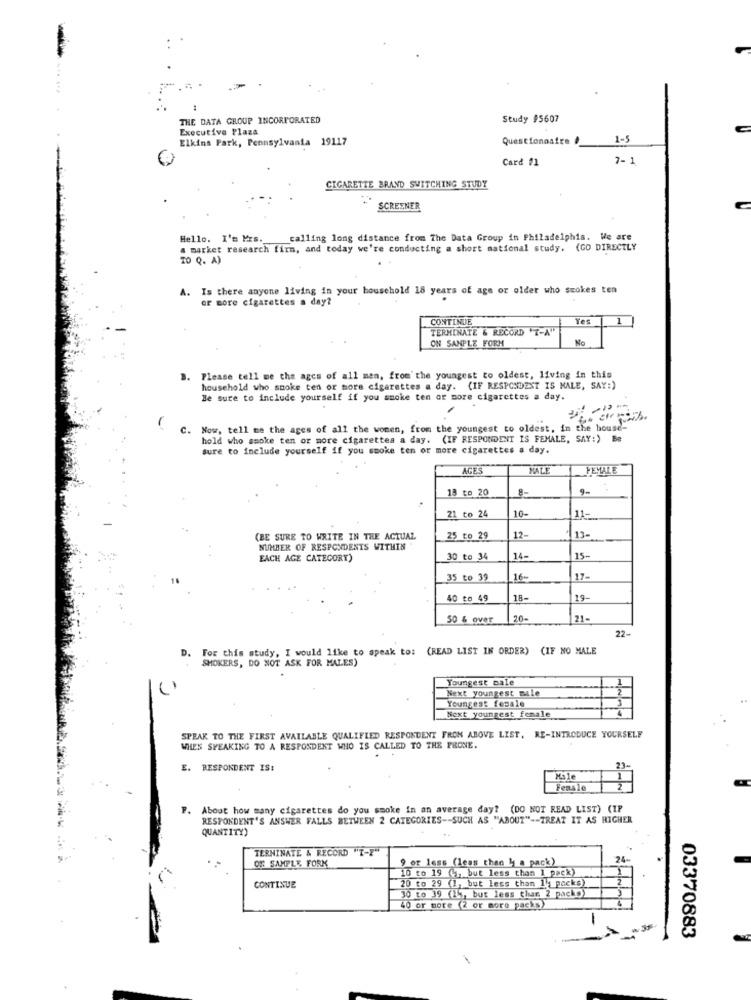
1
THE DATA GROUP INCORPORATED
Study #5607
Executive Plaza
Elkins Park, Pennsylvania 19117
Questionnaire
1-5
Card #1
7- 1
CIGARETTE BRAND SWITCHING STUDY
SCREENER
Hello. I'm Mrs ._
calling long distance from The Data Group in Philadelphia. We are
a market research firm, and today we're conducting a short national study. (GO DIRECTLY
10 Q. A)
. Is there anyone living in your household 18 years of age or older who seokes ten
or more cigarettes a day?
CONTINUE
Yes
1
TERMINATE & RECORD "7-4"
No
ON SAMPLE FORM
B. Please tell me the ages of all men, from the youngest to oldest, living in this
household who smoke ten or more cigarettes a day. (IF RESPONDENT IS MALE, SAY:)
Be sure to include yourself if you smoke ten or more cigarettes a day.
C. Now, tell me the ages of all the women, from the youngest to oldest, in the house-
hold who smoke ten or more cigarettes a day. (IF RESPONDENT IS FEMALE, SAY:)
sure to include yourself if you smoke ten or more cigarettes a day.
AGES
MALE
FEMALE
13 to 20
8-
21 to 24
10-
11-
(BE SURE TO WRITE IN THE ACTUAL
25 to 29
12-
13-
NUMBER OF RESPONDENTS WITHIN"
EACH AGE CATEGORY)
30 to 34
14-
15-
35 to 39
16-
117-
40 to 49
18-
19-
50 & over
20-
21-
22-
D. For this study, I would like to speak to: (READ LIST IN ORDER) (IF NO MALE
SMOKERS, DO NOT ASK FOR MALES)
bungest male
Next youngest mile
Youngest fesale
Next youngest female
SPEAK TO THE FIRST AVAILABLE QUALIFIED RESPONDENT FROM ABOVE LIST, RE-INTRODUCE YOURSELF
WHES SPEAKING TO A RESPONDENT WHO IS CALLED TO THE PHONE.
E. RESPONDENT IS:
Feasle
P.
About how many cigarettes do you smoke in an average day? (DO NOT READ LIST) (IP
RESPONDENT'S ANSWER FALLS BETWEEN 2 CATEGORIES -- SUCH AS "ABOUT" -- TREAT IT AS HIGHER
QUANTITY
TERMINATE & RECORD "I-F"
OR SAMPLE FORK
9 or less (Less than 4 a pack)
24-
10 to 19 (7 but less than 1 pack)
CONTINUE
20 to 29 (1, but less than 1; pocks)
30 to 39 (15, but less than 2 packo)
40 or more (2 or more packs)
-
03370883